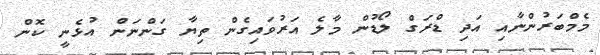
މެމްބަރުންނާއި އަދި ޑްރަގް ލޯޑުން މާލެ އަރުވައިގެން ތިޔާ ގަންނަން އުޅެނީ ކޮން